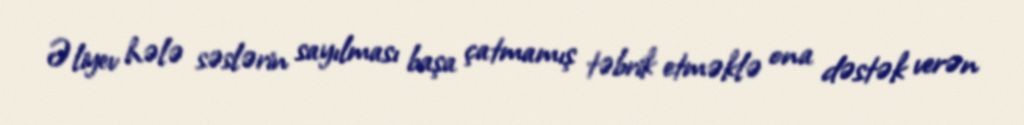
Əliyev hələ səslərin sayılması başa çatmamış təbrik etməklə ona dəstək verən